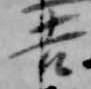
吉